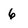
Character: 6